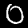
Label: 0